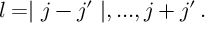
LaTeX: l = \mid j - j ^ { \prime } \mid , . . . , j + j ^ { \prime } \, .